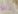
ذلك